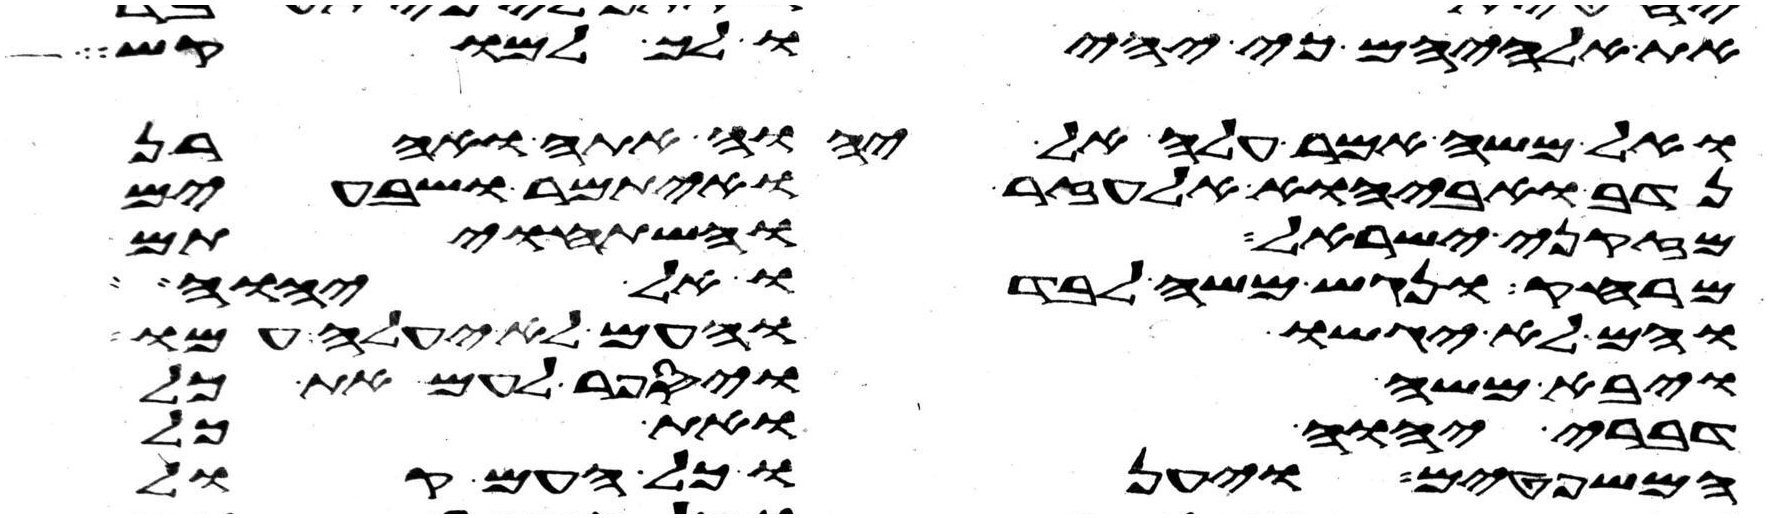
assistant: את אלהיהם כי יהיו לך למוקש
ואל משה אמר עלה אל יהוה אתה ואהרן
נדב ואביהוא אלעזר ואיתמר ושבעים
מזקני ישראל והשתחויתם
מרחק ונגש משה לבדו אל יהוה
והם לא יגשו והעם לא יעלה עמו
ויבא משה ויספר לעם את כל
דברי יהוה ואת כל
המשפטים ויענו כל העם קול